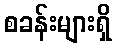
စခန်းများရှိ